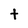
Character: t